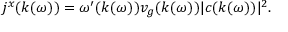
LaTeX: j ^ { x } ( k ( \omega ) ) = \omega ^ { \prime } ( k ( \omega ) ) v _ { g } ( k ( \omega ) ) | c ( k ( \omega ) ) | ^ { 2 } .